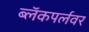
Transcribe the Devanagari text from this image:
ब्लॅकपर्लवर